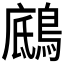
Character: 𪂑